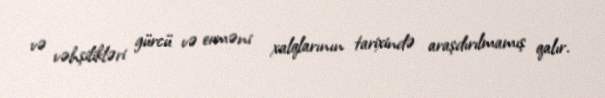
və vəhşilikləri gürcü və erməni xalqlarının tarixində araşdırılmamış qalır.